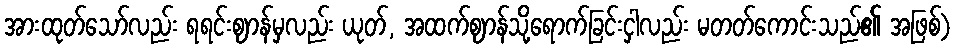
အားထုတ်သော်လည်း ရရင်းဈာန်မှလည်း ယုတ်, အထက်ဈာန်သို့ရောက်ခြင်းငှါလည်း မတတ်ကောင်းသည်၏ အဖြစ်)